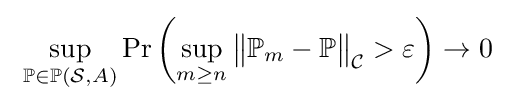
\ \sup _{\mathbb {P} \in \mathbb {P} ({\mathcal {S}},A)}\Pr \left(\sup _{m\geq n}{\bigl \|}\mathbb {P} _{m}-\mathbb {P} {\bigr \|}_{\mathcal {C}}>\varepsilon \right)\to 0\